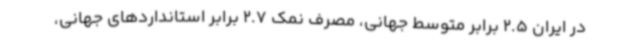
در ایران 2.5 برابر متوسط جهانی، مصرف نمک 2.7 برابر استانداردهای جهانی،